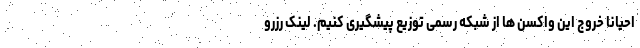
احیانا خروج این واکسن ها از شبکه رسمی توزیع پیشگیری کنیم. لینک رزرو